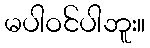
မပါဝင်ပါဘူး။